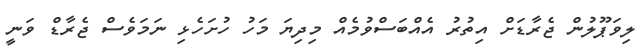
ލިވަޕޫލުން ޖެރާޑަށް އިތުރު އެއްބަސްވުމެއް މިދިޔަ މަހު ހުށަހެޅި ނަމަވެސް ޖެރާޑް ވަނީ